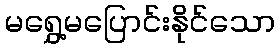
မရွှေ့မပြောင်းနိုင်သော